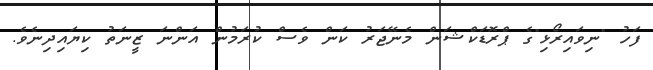
ފަހު "ނިވައިރޯޅި"ގެ ޕްރޮޑަކްޝަން މެނޭޖަރު ކަން ވެސް ކުރަމުން އަންނަ ޒީނަތު ކިޔައިދިނެވެ.